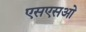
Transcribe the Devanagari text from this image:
एसएसओ